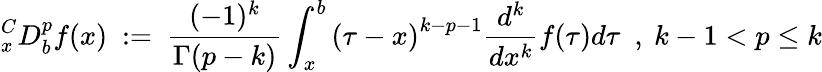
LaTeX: {}_{x}^{C}D_{b}^{p}f(x)~:=~{\frac{(-1)^{k}}{\Gamma(p-k)}}\int_{x}^{b}{(\tau-x)}^{k-p-1}{\frac{d^{k}}{dx^{k}}}f(\tau)d\tau~~,~k-1<p\leq k